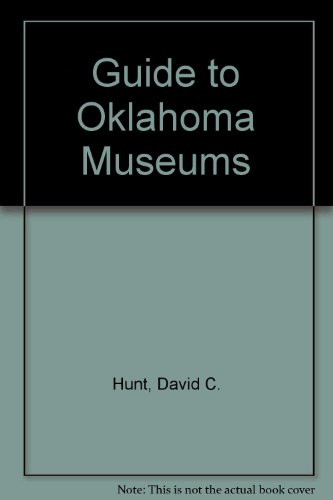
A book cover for Guide to Oklahoma Museums; David C. Hunt; Travel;